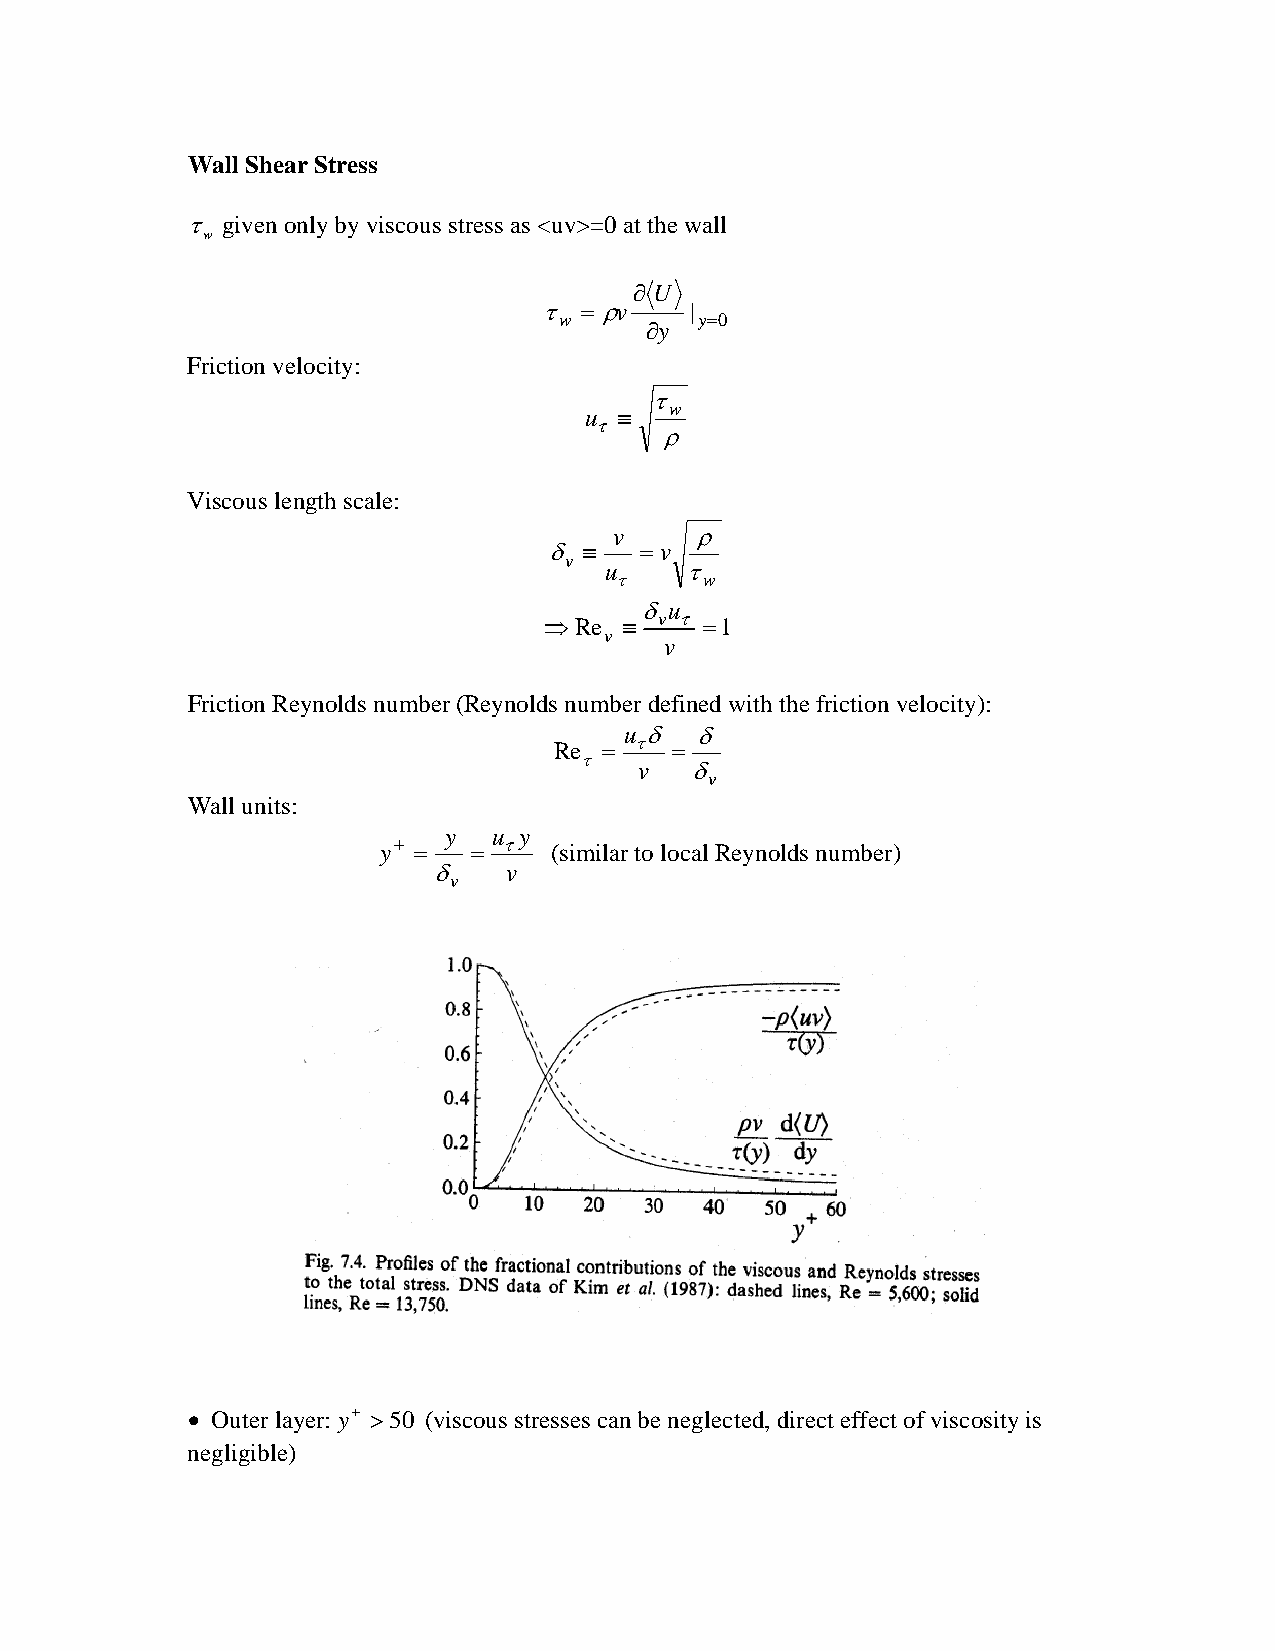
Wall Shear Stress
 τ  given only by viscous stress as <uv>=0 at the wall
 w
 ∂ U
 τ =ρv     |
 w        y=0
 ∂y
 Friction velocity:
 τ
 u ≡  w
 τ
 ρ
 Viscous length scale:
 v    ρ
 δ  ≡  =v
 v
 u    τ
 τ     w
 δu
 ⇒ Re ≡  v τ =1
 v
 v
 Friction Reynolds number (Reynolds number defined with the friction velocity):
 u δ  δ
 Re = τ =
 τ
 v   δ
 v
 Wall units:
 y   u y
 y+ =  = τ  (similar to local Reynolds number)
 δ    v
 v
 • Outer layer:y+ >50 (viscous stresses can be neglected, direct effect of viscosity is
 negligible)